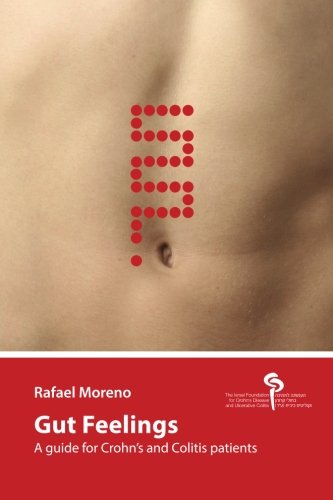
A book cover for Gut Feelings: A guide for Crohn's and Colitis patients; Rafael Moreno; Health, Fitness & Dieting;